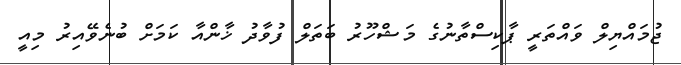
ޖުމައްޔިލް ވައްތަރީ ޕާކިސްތާނުގެ މަޝްހޫރު ބަތަލް ފުވާދު ޚާންއާ ކަމަށް ބުނެވޭއިރު މިއީ